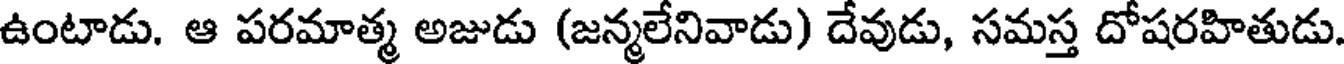
ఉంటాడు. ఆ పరమాత్మ అజుడు (జన్మలేనివాడు) దేవుడు, సమస్త దోషరహితుడు.